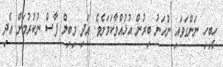
ހީބިހި ނަންގަވައި ނުހަނު ބިރުން އުޅުއްވާކަމަށެވެ. އަދި މިބިލް ފާސް ނުކުރުމަށް އެދި